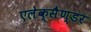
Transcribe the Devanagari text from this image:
एलेक्सैण्डर